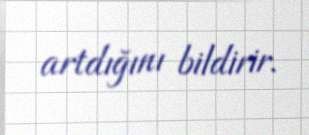
artdığını bildirir.